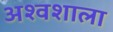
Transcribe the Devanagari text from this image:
अश्‍वशाला